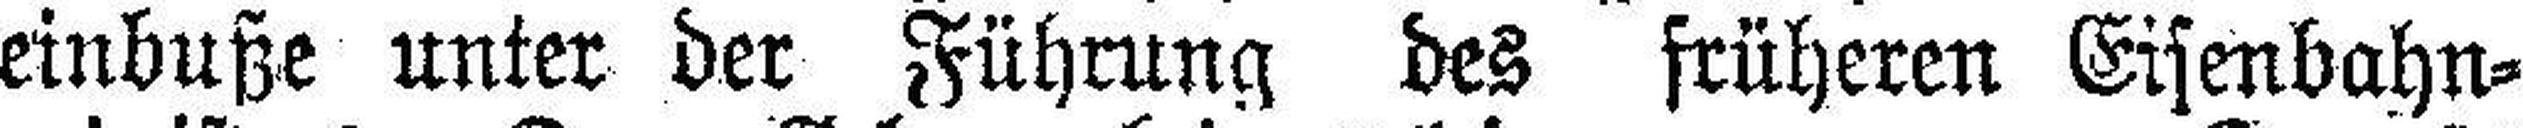
einbuße unter der Führung des früheren Eisenbahn¬